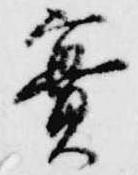
実